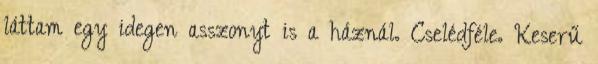
láttam egy idegen asszonyt is a háznál. Cselédféle. Keserű